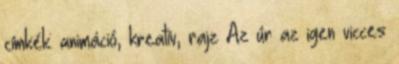
címkék: animáció, kreatív, rajz Az úr az igen vicces